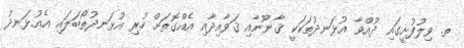
ތ. ވިލުފުށީގައި ދުއްވާ އުޅަނދުތަކަކީ ޤާނޫނާއި ޤަވާއިދާއި އެއްގޮތަށް ހުރި އުޅަނދުތޯބަލައި އެއުޅަނދު